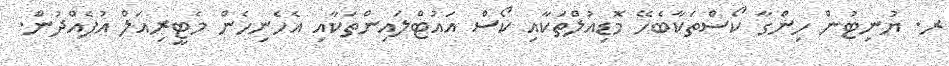
ރ. ޔުނިޓުން ހިންގާ ކޯސްތަކާބެހޭ މޮޑިއުލްތަކާއި ކޯސް އައުޓްލައިންތަކާއި އެހެނިހެން މެޓީރިއަލް އުފެއްދުން.